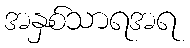
အနှစ်သာရအရ